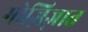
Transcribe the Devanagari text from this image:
मोज़िज़ात